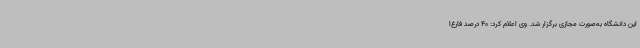
این دانشگاه به‌صورت مجازی برگزار شد. وی اعلام کرد: 40 درصد فارغ‌ا